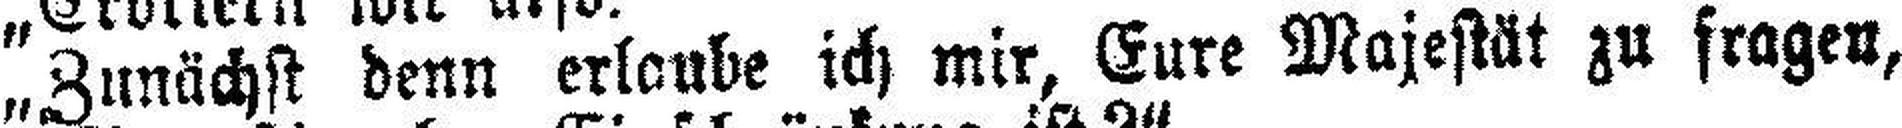
„Zunächst denn erlaube ich mir, Eure Majestät zu fragen,